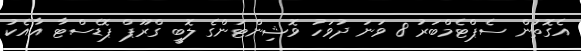
އެގޮތުން ސެޕްޓެމްބަރު 8 ވަނަ ދުވަހު ވޮޝިންޓަންގެ ލޮބީ ގްރޫޕް ޕޮޑެސްޓާ އާއެކު